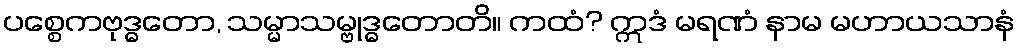
ပစ္စေကဗုဒ္ဓတော, သမ္မာသမ္ဗုဒ္ဓတောတိ။ ကထံ? ဣဒံ မရဏံ နာမ မဟာယသာနံ